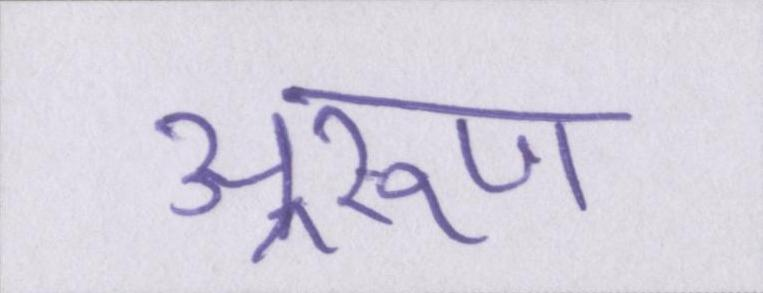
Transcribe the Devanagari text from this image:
अ्ररूण